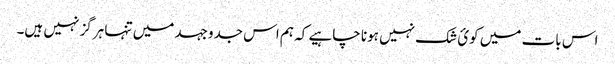
اس بات میں کوئ شک نہیں ہونا چاہیے کہ ہم اس جدوجہد میں تنہا ہرگز نہیں ہیں۔